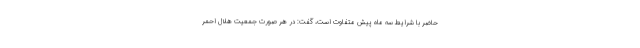
حاضر با شرایط سه ماه پیش متفاوت است، گفت: در هر صورت جمعیت هلال احمر